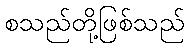
စသည်တို့ဖြစ်သည်